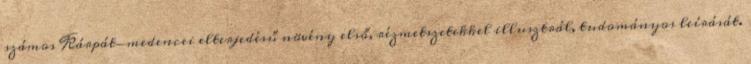
számos Kárpát-medencei elterjedésű növény első, rézmetszetekkel illusztrál, tudományos leírását.